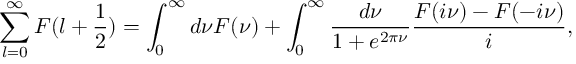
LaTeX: \sum _ { l = 0 } ^ { \infty } F ( l + \frac 1 2 ) = \int _ { 0 } ^ { \infty } d \nu F ( \nu ) + \int _ { 0 } ^ { \infty } \frac { d \nu } { 1 + e ^ { 2 \pi \nu } } \frac { F ( i \nu ) - F ( - i \nu ) } { i } ,